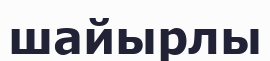
шайырлы